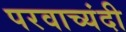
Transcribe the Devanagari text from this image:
परवाच्यंदी